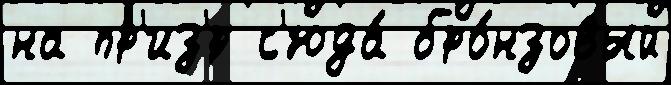
на пр'из'́р с'юда́ бро́нзовый